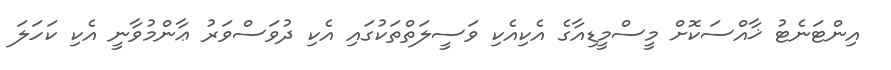
އިންޓަނެޓު ޚާއްސަކޮށް މީސްމީޑިއާގެ އެކިއެކި ވަސީލަތްތަކުގައި އެކި ދުވަސްވަރު ޢާންމުވާނީ އެކި ކަހަލަ